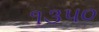
૧૩૫૦